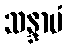
သန္ဒာမံ